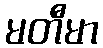
မတီမာ